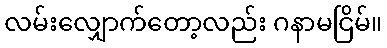
လမ်းလျှောက်တော့လည်း ဂနာမငြိမ်။